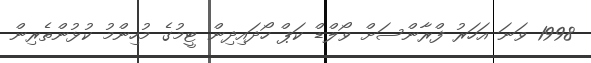
1998 ވަނަ އަހަރު ފްރާންސަށް ވޯލްޑް ކަޕް ހޯދައިދިން ޓީމުގެ މުހިންމު ކުޅުންތެރިން